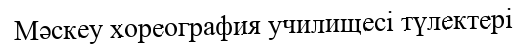
Мәскеу хореография училищесі түлектері